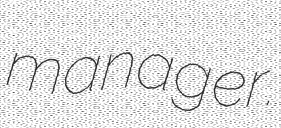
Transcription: manager.